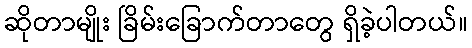
ဆိုတာမျိုး ခြိမ်းခြောက်တာတွေ ရှိခဲ့ပါတယ်။